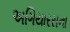
અગિયારસના